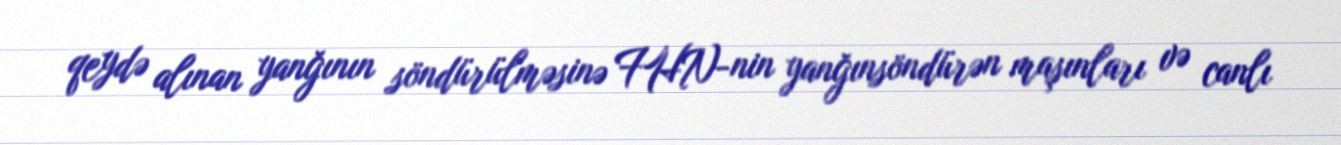
qeydə alınan yanğının söndürülməsinə FHN-nin yanğınsöndürən maşınları və canlı